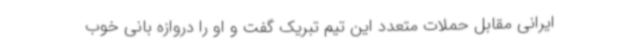
ایرانی مقابل حملات متعدد این تیم تبریک گفت و او را دروازه بانی خوب